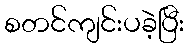
စတင်ကျင်းပခဲ့ပြီး